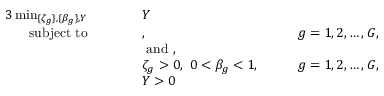
\begin{array} { r l r l r l } { { 3 } \operatorname* { m i n } _ { \{ \zeta _ { g } \} , \{ \beta _ { g } \} , Y } } & { \quad } & & { Y } & & { } \\ { \mathrm { s u b j e c t ~ t o } } & { } & & { , } & { \quad } & { g = 1 , 2 , \ldots , G , } \\ & { } & & { \mathrm { ~ a n d ~ } , } & & { } \\ & { } & & { \zeta _ { g } > 0 , \ 0 < \beta _ { g } < 1 , } & { \quad } & { g = 1 , 2 , \ldots , G , } \\ & { } & & { Y > 0 } & & { } \end{array}